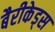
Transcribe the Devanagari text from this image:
बैरीकेड्स